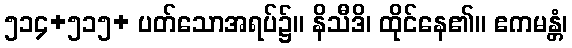
၅၁၄+၅၁၅+ ပတ်သောအရပ်၌။ နိသီဒိ၊ ထိုင်နေ၏။ ဧကမန္တံ၊